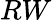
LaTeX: RW